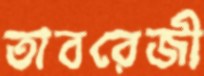
তাবরেজী